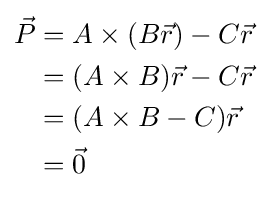
{\begin{aligned}{\vec {P}}&=A\times (B{\vec {r}})-C{\vec {r}}\\&=(A\times B){\vec {r}}-C{\vec {r}}\\&=(A\times B-C){\vec {r}}\\&={\vec {0}}\end{aligned}}